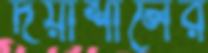
দয়াশীলের